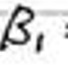
$B_{1}$